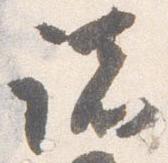
諸